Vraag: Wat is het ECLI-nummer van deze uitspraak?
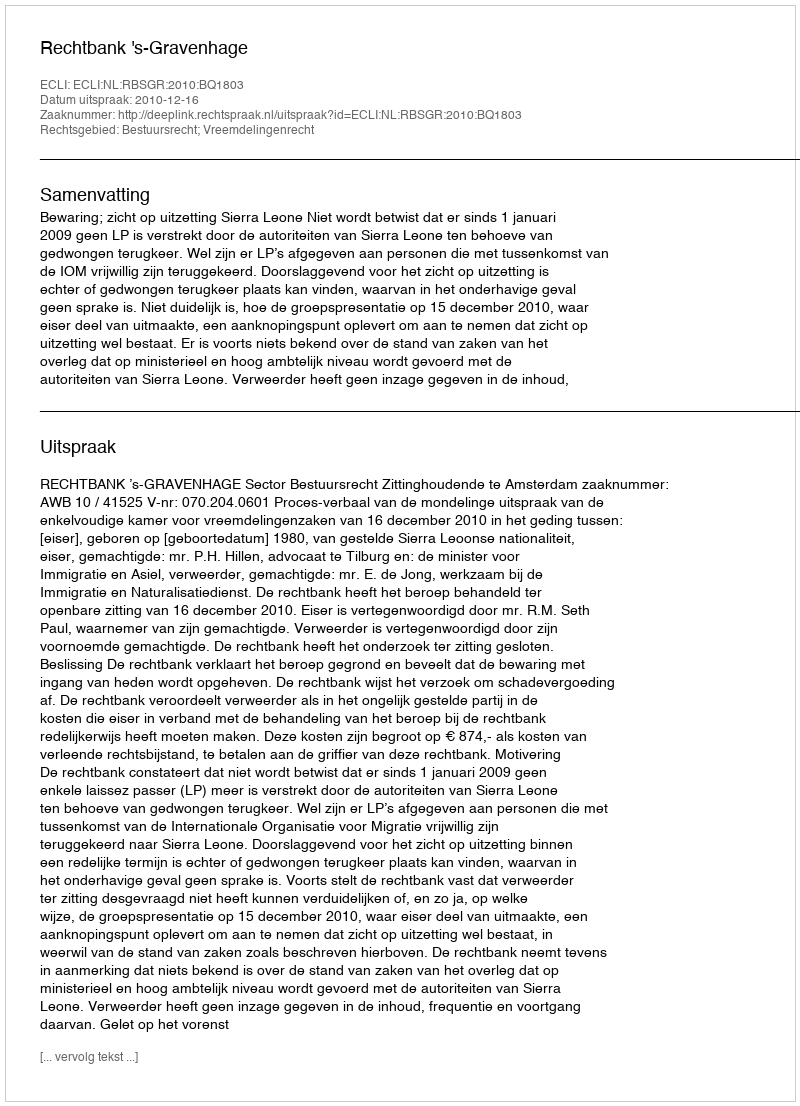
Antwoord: ECLI:NL:RBSGR:2010:BQ1803